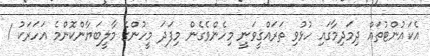
އެކައުންޓުތައް ދިމަދިމާގައި ހުޅުވި ތަރައްޤީވަނީ މިހެންވެގެން މިފަދަ މީހުންގެ މާލީބަޔާންކޮންމެ އަހަރަކު 1